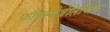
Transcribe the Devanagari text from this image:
फौक्स्येजेलिप्तिक